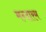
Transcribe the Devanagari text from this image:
मन्दारम